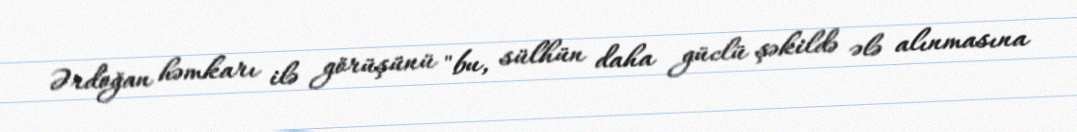
Ərdoğan həmkarı ilə görüşünü "bu, sülhün daha güclü şəkildə ələ alınmasına